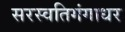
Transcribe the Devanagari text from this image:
सरस्वतिगंगाधर